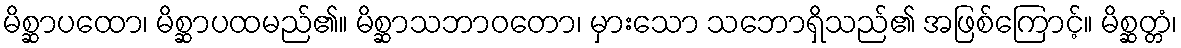
မိစ္ဆာပထော၊ မိစ္ဆာပထမည်၏။ မိစ္ဆာသဘာဝတော၊ မှားသော သဘောရှိသည်၏ အဖြစ်ကြောင့်။ မိစ္ဆတ္တံ၊